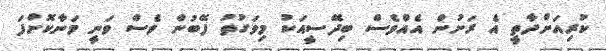
ކުރިއަށްދާތީ އެ ރަށުން އެއްވެސް ބިދޭސީއަކު މިވަގުތު ފޭބުން ވެސް ވަނީ މަނާކޮށްފަ